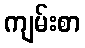
ကျမ်းစာ